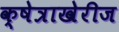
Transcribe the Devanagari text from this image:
क्षेत्राखेरीज